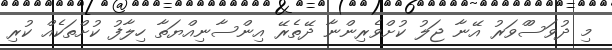
މި ދުވަސްްވަރު އޭނާ ޖަލު ކުށްވެރިންނާ ދޭތެރޭ އިންސާނިއްޔަތާ ހިލާފު ކުށްތަކެއް ކުރި